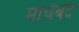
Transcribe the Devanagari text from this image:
मोर्चेबंद